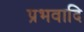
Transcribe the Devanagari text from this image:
प्रभवादि